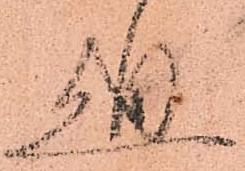
廻